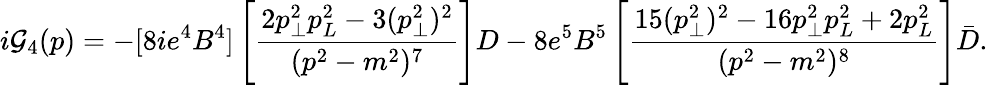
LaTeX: i{\cal G}_{4}(p)=-[8ie^{4}B^{4}]\left[{\frac{2p_{\bot}^{2}p_{L}^{2}-3(p_{\bot}^{2})^{2}}{(p^{2}-m^{2})^{7}}}\right]D-8e^{5}B^{5}\left[{\frac{15(p_{\bot}^{2})^{2}-16p_{\bot}^{2}p_{L}^{2}+2p_{L}^{2}}{(p^{2}-m^{2})^{8}}}\right]\bar{D}.